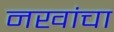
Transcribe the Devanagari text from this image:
नखांचा